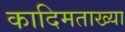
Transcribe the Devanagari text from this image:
कादिमताख्या